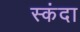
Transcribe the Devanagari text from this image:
स्कंदा